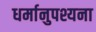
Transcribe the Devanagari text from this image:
धर्मानुपश्यना